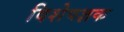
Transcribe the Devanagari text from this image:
विशेषज्ञक